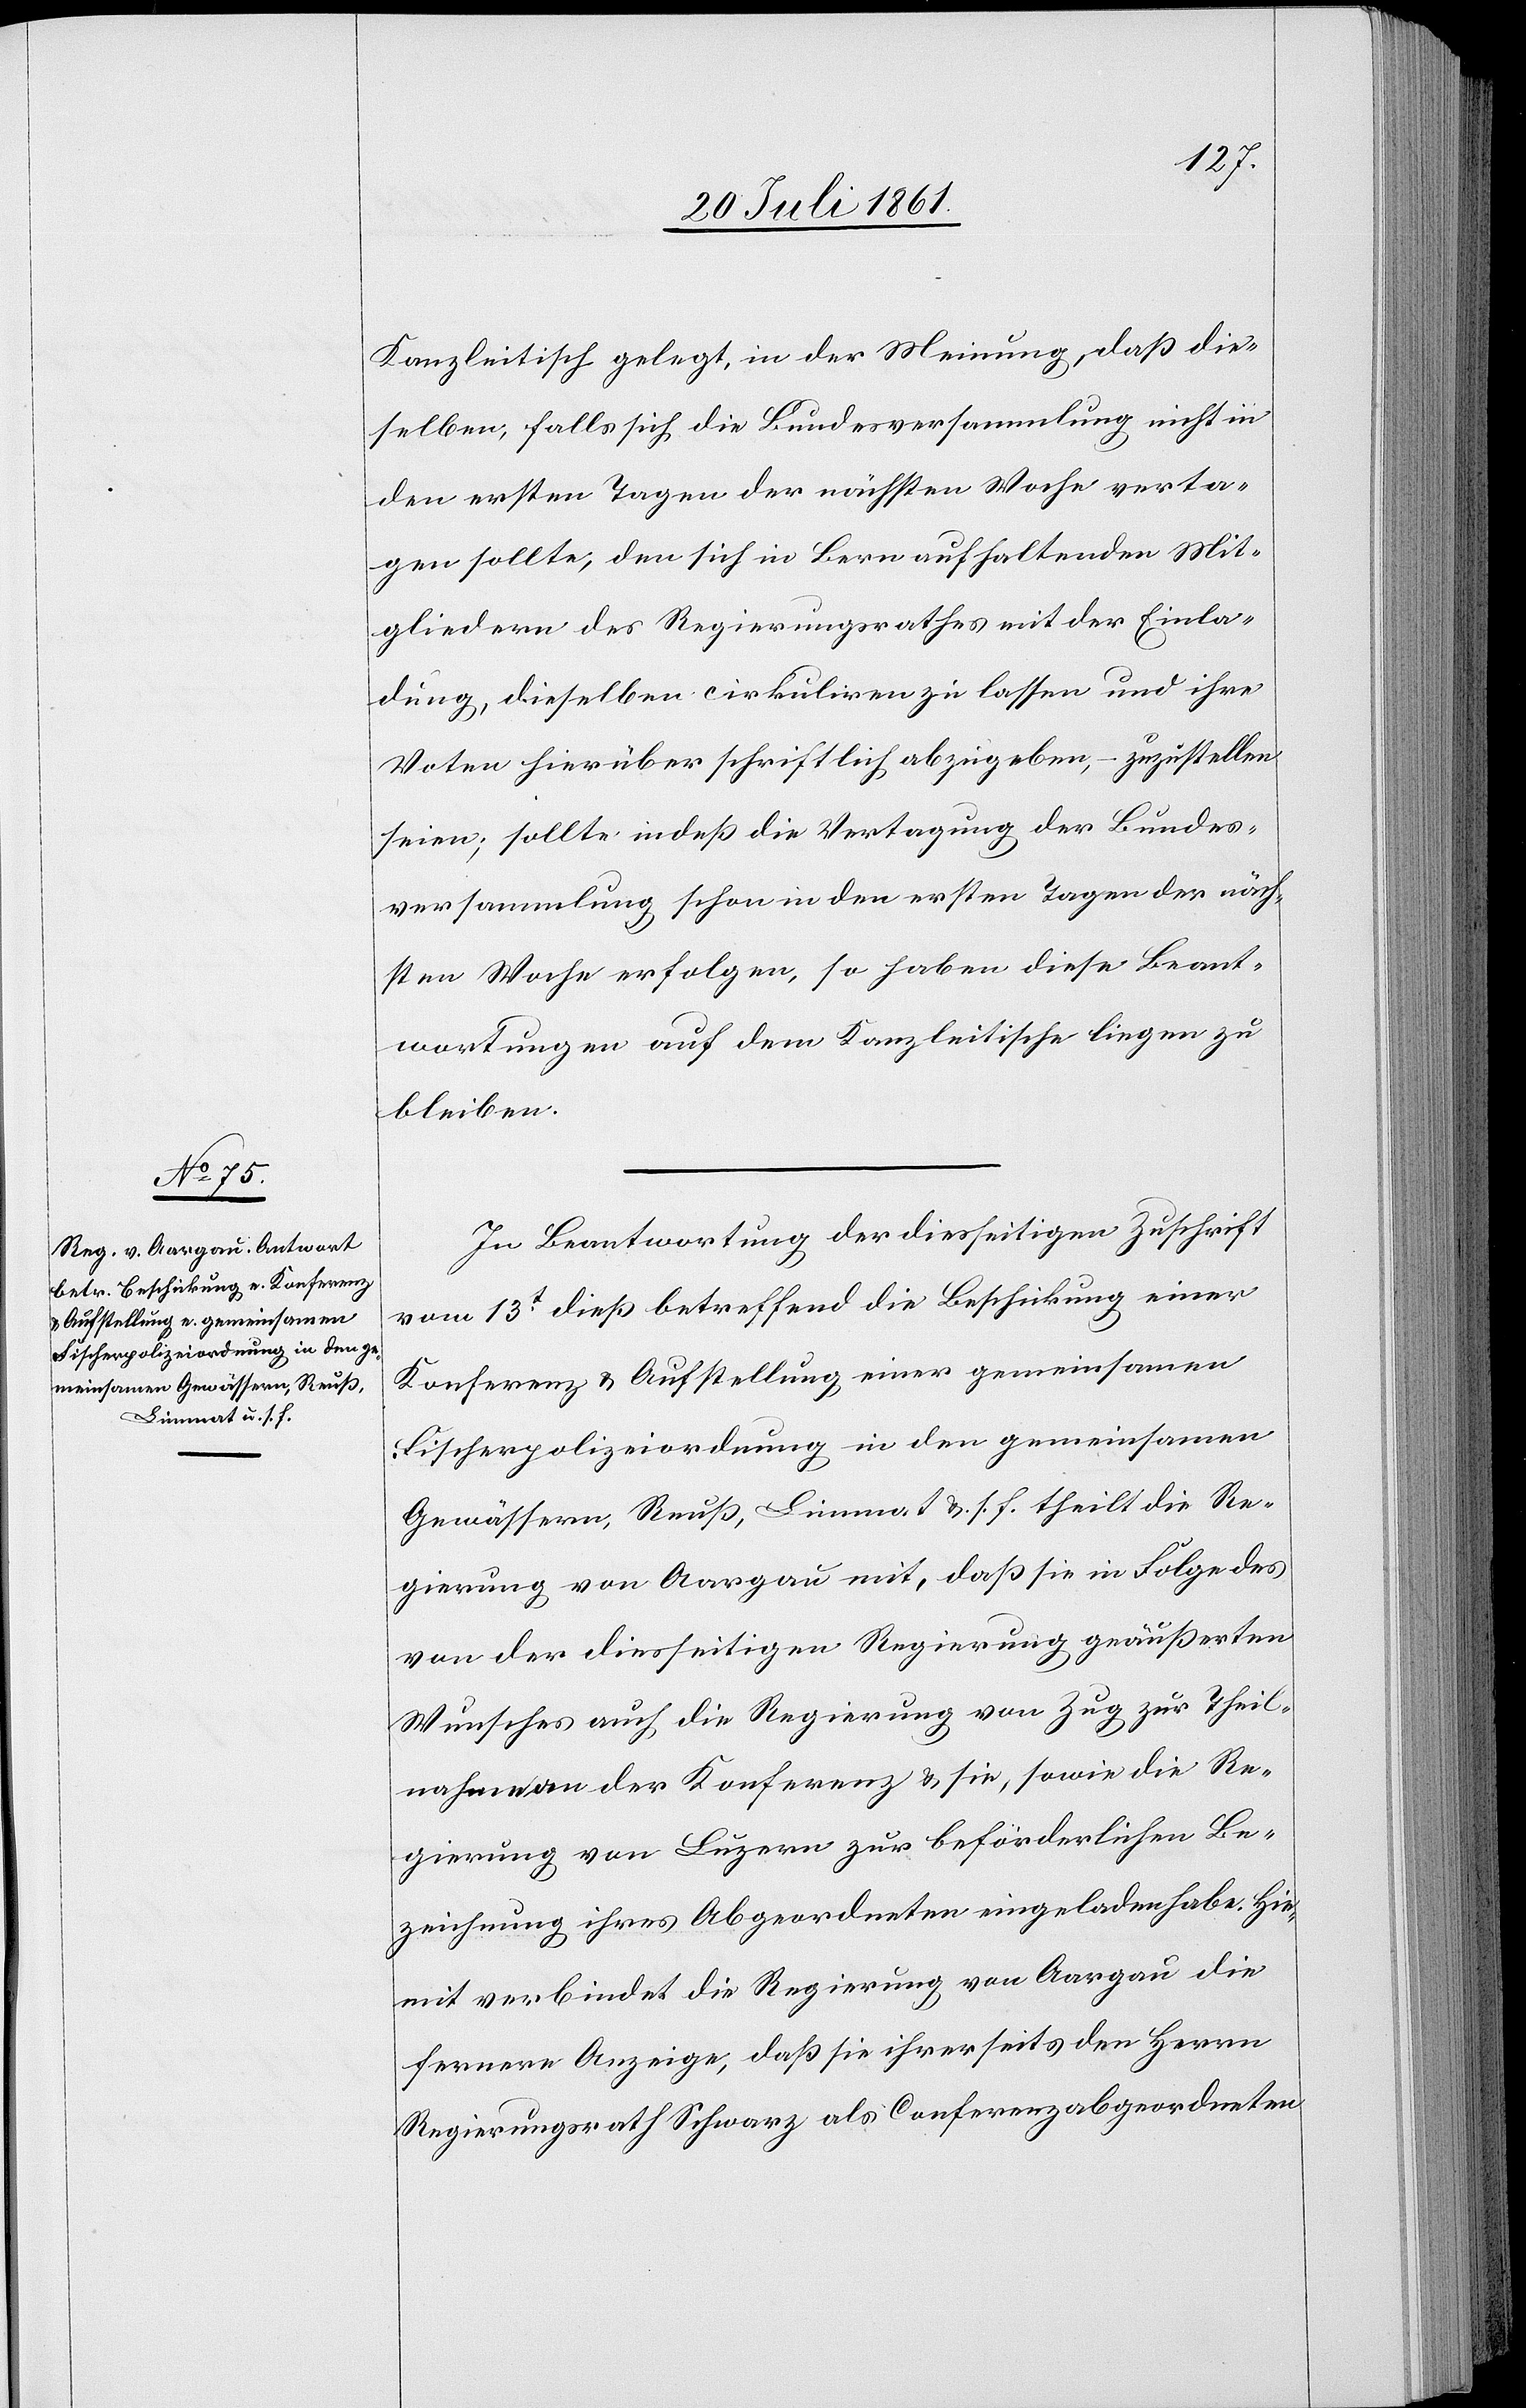
Kanzleitisch gelegt, in der Meinung, daß die¬
selben, falls sich die Bezirksversammlung nicht in
den ersten Tagen der nächsten Woche verta¬
gen sollte, den sich in Bern aufhaltenden Mit¬
gliedern des Regierungsrathes mit der Einla¬
dung, dieselben cirkuliren zu lassen und ihre
Voten hierüber schriftlich abzugeben, – zuzustellen
seien; sollte indeß die Vertagung der Bezirks¬
versammlung schon in den ersten Tagen der näch¬
sten Woche erfolgen, so haben diese Beant¬
wortungen auf dem Kanzleitische liegen zu
bleiben.
In Beantwortung der diesseitigen Zuschrift
vom 13t dieß betreffend die Beschickung einer
Konferenz u. Aufstellung einer gemeinsamen
Fischerpolizeiordnung in den gemeinsamen
Gewässern, Reuß, Limmat u. s. f. theilt die Re¬
gierung von Aargau mit, daß sie in Folge des
von der diesseitigen Regierung geäußerten
Wunsches auch die Regierung von Zug zur Theil¬
nahme an der Konferenz u. sie, sowie die Re¬
gierung von Luzern zur beförderlichen Be¬
zeichnung ihres Abgeordneten eingeladen habe. Hie¬
mit verbindet die Regierung von Aargau die
fernere Anzeige, daß sie ihrerseits den Herrn
Regierungsrath Schwarz als Conferenzabgeordneten